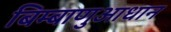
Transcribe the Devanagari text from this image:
बिम्बाणुआधान